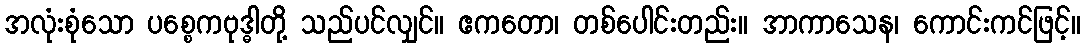
အလုံးစုံသော ပစ္စေကဗုဒ္ဓါတို့ သည်ပင်လျှင်။ ဧကတော၊ တစ်ပေါင်းတည်း။ အာကာသေန၊ ကောင်းကင်ဖြင့်။